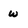
Character: w